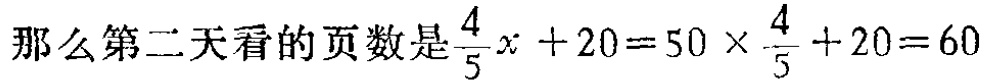
那么第二天看的页数是$\frac{4}{5}x + 20 = 50\times\frac{4}{5}+20 = 60$